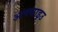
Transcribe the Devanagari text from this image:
आक्साइउ